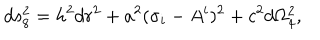
d s _ { 8 } ^ { 2 } = h ^ { 2 } d r ^ { 2 } + a ^ { 2 } ( \sigma _ { i } - A _ { } ^ { i } ) ^ { 2 } + c ^ { 2 } d \Omega _ { 4 } ^ { 2 } ,